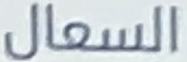
السعال